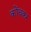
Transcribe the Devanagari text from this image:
कोंचकर